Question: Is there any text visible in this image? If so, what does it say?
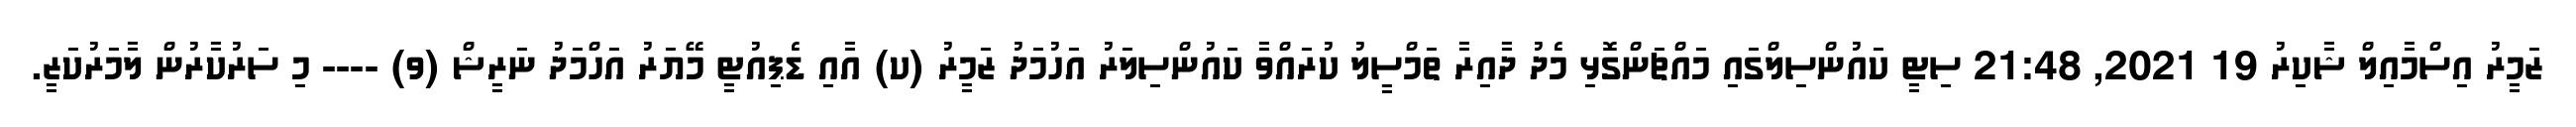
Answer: ޒަމީރު އިސްމާއިލް ޝާކިރު 19 2021, 21:48 ސިޓީ ކައުންސިލްގައި މައްޗަންގޮޅި މެދު ދާއިރާ ތަމްސީލު ކުރައްވާ ކައުންސިލަރު އަހުމަދު ޒަމީރު (ކ) އާއި ޑެޕިއުޓީ މޭޔަރު އަހްމަދު ނަރީޝް (ވ) ---- މި ސަރުކާރުން ލާމަރުކަޒީ.